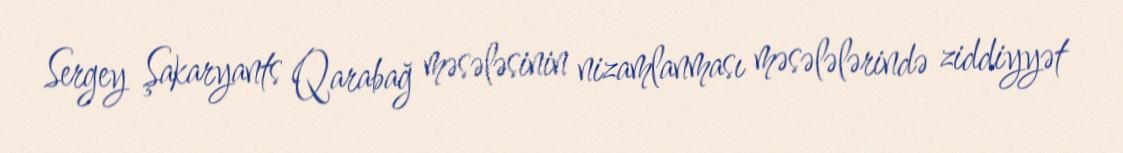
Sergey Şakaryants Qarabağ məsələsinin nizamlanması məsələlərində ziddiyyət